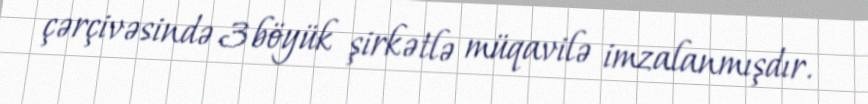
çərçivəsində 3 böyük şirkətlə müqavilə imzalanmışdır.